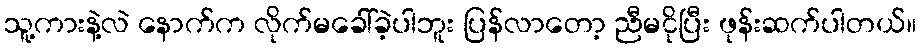
သူ့ကားနဲ့လဲ နောက်က လိုက်မခေါ်ခဲ့ပါဘူး ပြန်လာတော့ ညီမငိုပြီး ဖုန်းဆက်ပါတယ်။